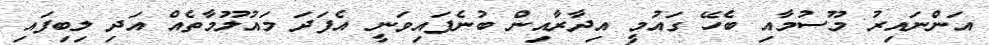
އަންނައިރު މޫސުމާއި ބެހޭ ގައުމީ އިދާރާއިން ބުނެފައިވަނީ އެފަދަ މައުލޫމާތެއް އަދި ލިބިފައި